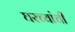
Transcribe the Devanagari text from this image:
घरच्यांची